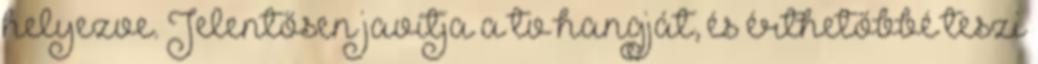
helyezve. Jelentősen javítja a tv hangját, és érthetőbbé teszi